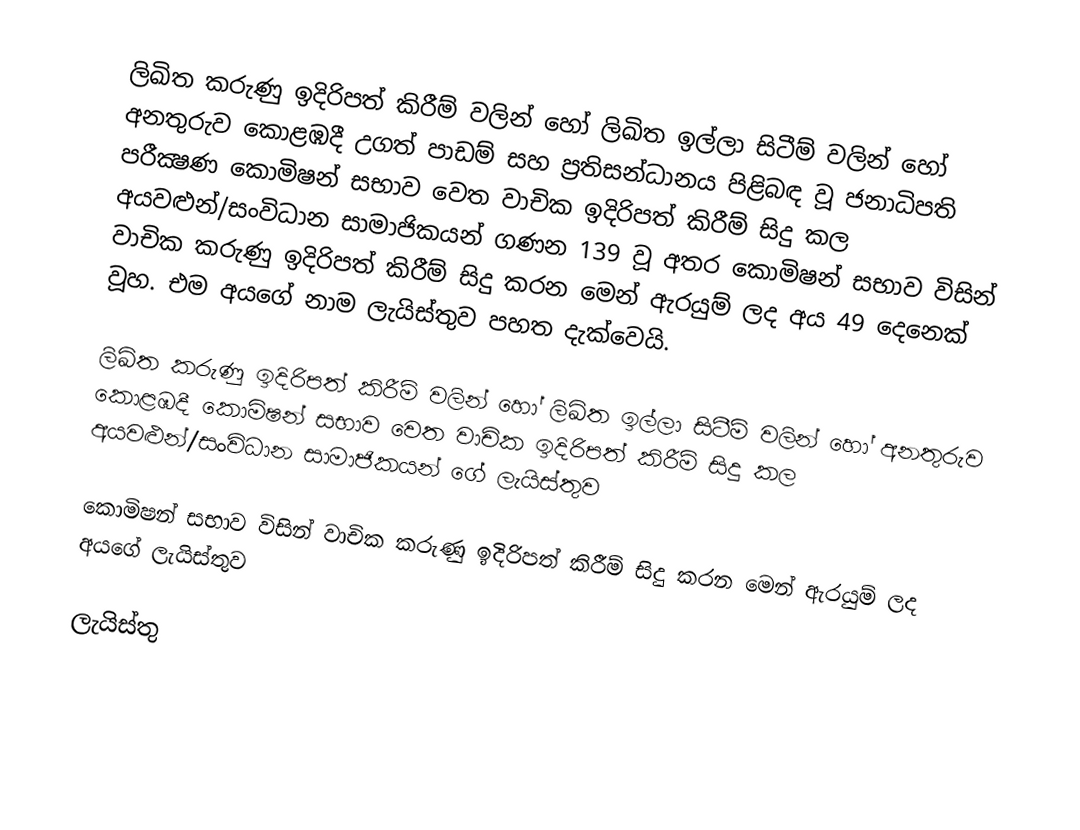
ලිඛිත කරුණු ඉදිරිපත් කිරීම්  වලින් හෝ ලිඛිත ඉල්ලා සිටීම් වලින් හෝ අනතුරුව කොළඹදී උගත් පාඩම් සහ ප්‍රතිසන්ධානය පිළිබඳ වූ ජනාධිපති පරීක්‍ෂණ කොමිෂන් සභාව වෙත වාචික ඉදිරිපත් කිරීම් සිදු කල අයවළුන්/සංවිධාන සාමාජිකයන්  ගණන 139 වූ අතර කොමිෂන් සභාව විසින් වාචික කරුණු ඉදිරිපත් කිරීම් සිදු කරන මෙන් ඇරයුම් ලද අය 49 දෙනෙක් වූහ. එම අයගේ නාම ලැයිස්තුව පහත දැක්වෙයි.

ලිඛිත කරුණු ඉදිරිපත් කිරීම්  වලින් හෝ ලිඛිත ඉල්ලා සිටීම් වලින් හෝ අනතුරුව කොළඹදී කොමිෂන් සභාව වෙත වාචික ඉදිරිපත් කිරීම් සිදු කල අයවළුන්/සංවිධාන සාමාජිකයන් ගේ ලැයිස්තුව

කොමිෂන් සභාව විසින් වාචික කරුණු ඉදිරිපත් කිරීම් සිදු කරන මෙන් ඇරයුම් ලද අයගේ ලැයිස්තුව

ලැයිස්තු